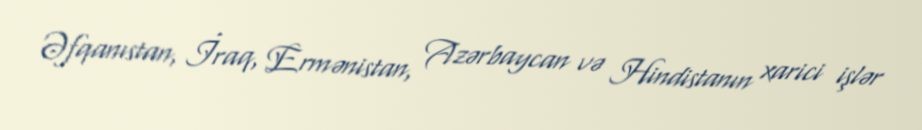
Əfqanıstan, İraq, Ermənistan, Azərbaycan və Hindistanın xarici işlər